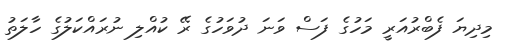
މިދިޔަ ފެބްރުއަރީ މަހުގެ ފަސް ވަނަ ދުވަހުގެ ރޭ ކުއްލި ނުރައްކަލުގެ ހާލަތު